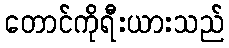
တောင်ကိုရီးယားသည်